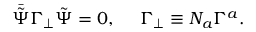
\bar { \tilde { \Psi } } \Gamma _ { \bot } \tilde { \Psi } = 0 , ~ ~ ~ ~ \Gamma _ { \bot } \equiv N _ { a } \Gamma ^ { a } .